Scottish Leaving Certificate Examination, 1952
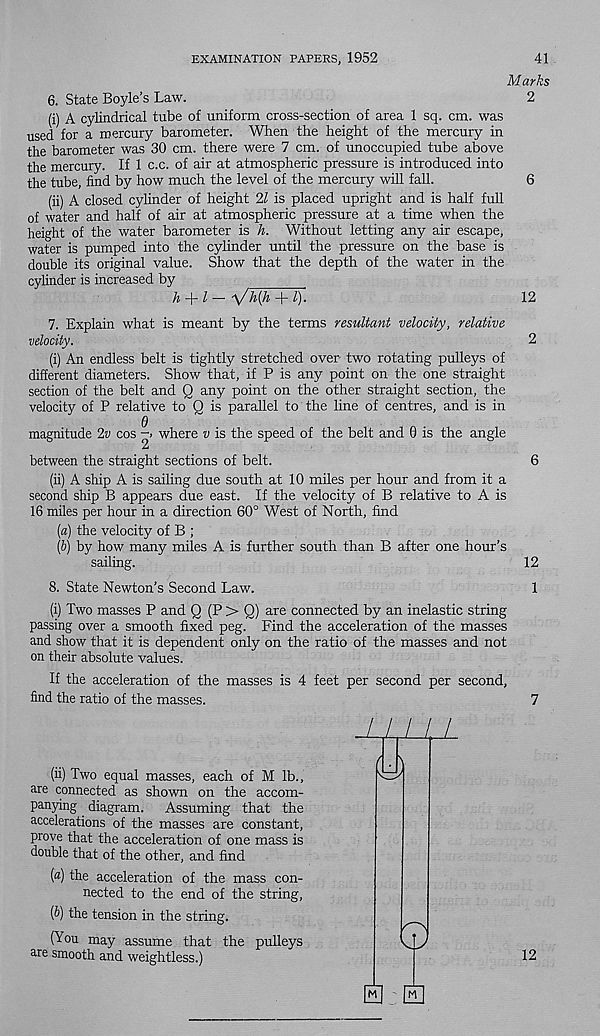
EXAMINATION PAPERS, 1952
41
Marks
6. State Boyle’s Law.
2
(i) A cylindrical tube of uniform cross-section of area 1 sq. cm. was
used for a mercury barometer. When the height of the mercury in
the barometer was 30 cm. there were 7 cm. of unoccupied tube above
the mercury. If 1 c.c. of air at atmospheric pressure is introduced into
the tube, find by how much the level of the mercury will fall.
6
(ii) A closed cylinder of height 21 is placed upright and is half full
of water and half of air at atmospheric pressure at a time when the
height of the water barometer is h. Without letting any air escape,
water is pumped into the cylinder until the pressure on the base is
double its original value. Show that the depth of the water in the
cylinder is increased by
h + l- VKh + l).
12
7. Explain what is meant by the terms resultant velocity, relative
velocity.
2
(i) An endless belt is tightly stretched over two rotating pulleys of
different diameters. Show that, if P is any point on the one straight
section of the belt and Q any point on the other straight section, the
velocity of P relative to Q is parallel to the line of centres, and is in
d
magnitude 2v cos -» where v is the speed of the belt and 0 is the angle
between the straight sections of belt.
6
(ii) A ship A is sailing due south at 10 miles per hour and from it a
second ship B appears due east. If the velocity of B relative to A is
16 miles per hour in a direction 60° West of North, find
{a) the velocity of B ;
(6) by how many miles A is further south than B after one hour’s
sailing.
12
8. State Newton’s Second Law.
1
(i) Two masses P and Q (P > Q) are connected by an inelastic string
passing over a smooth fixed peg. Find the acceleration of the masses
and show that it is dependent only on the ratio of the masses and not
on their absolute values.
If the acceleration of the masses is 4 feet per second per second,
find the ratio of the masses.
7
(ii) Two equal masses, each of M lb.,
are connected as shown on the accom-
panying diagram. Assuming that the
accelerations of the masses are constant,
prove that the acceleration of one mass is
double that of the other, and find
(a) the acceleration of the mass con-
nected to the end of the string,
(b) the tension in the string.
(You may assume that the pulleys
are smooth and weightless.)
LLl
/
t.